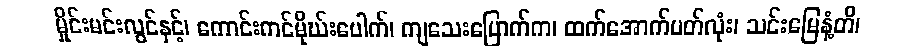
မှိုင်းမင်းလွင်နှင့်၊ ကောင်းကင်မိုဃ်းပေါက်၊ ကျသေးပြောက်က၊ ထက်အောက်ပတ်လုံး၊ သင်းမြေနံ့တိ၊